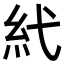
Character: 𥾐